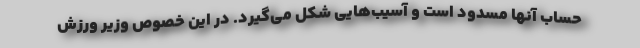
حساب آنها مسدود است و آسیب‌هایی شکل می‌گیرد. در این خصوص وزیر ورزش